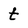
Character: t